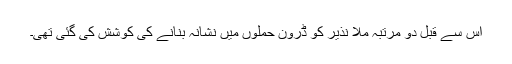
اس سے قبل دو مرتبہ ملا نذیر کو ڈرون حملوں میں نشانہ بنانے کی کوشش کی گئی تھی۔